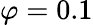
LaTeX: \varphi=0.1